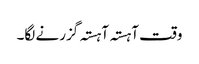
وقت آہستہ آہستہ گزرنے لگا۔